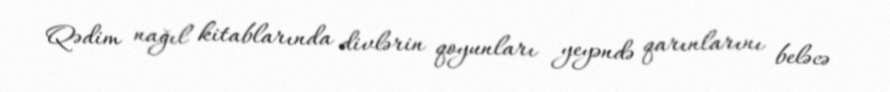
Qədim nağıl kitablarında divlərin qoyunları yeyəndə qarınlarını beləcə